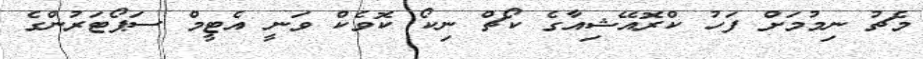
މެޗު ނިމުމަށް ފަހު ކްރޮއޭޝިއާގެ ކޯޗް ނިކޯ ކޮވެކް ވަނީ އެޓީމް ސަޕޯޓަރުންގެ